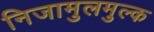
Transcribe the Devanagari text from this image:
निजामुलमुल्क